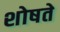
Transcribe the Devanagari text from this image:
शोषते